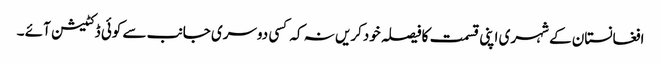
افغانستان کے شہری اپنی قسمت کافیصلہ خودکریں نہ کہ کسی دوسری جانب سے کوئی ڈکٹیشن آئے ۔